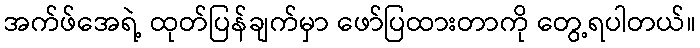
အက်ဖ်အေရဲ့ ထုတ်ပြန်ချက်မှာ ဖော်ပြထားတာကို တွေ့ရပါတယ်။